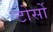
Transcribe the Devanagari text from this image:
टोर्सो